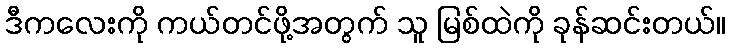
ဒီကလေးကို ကယ်တင်ဖို့အတွက် သူ မြစ်ထဲကို ခုန်ဆင်းတယ်။